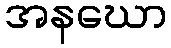
အနဃော